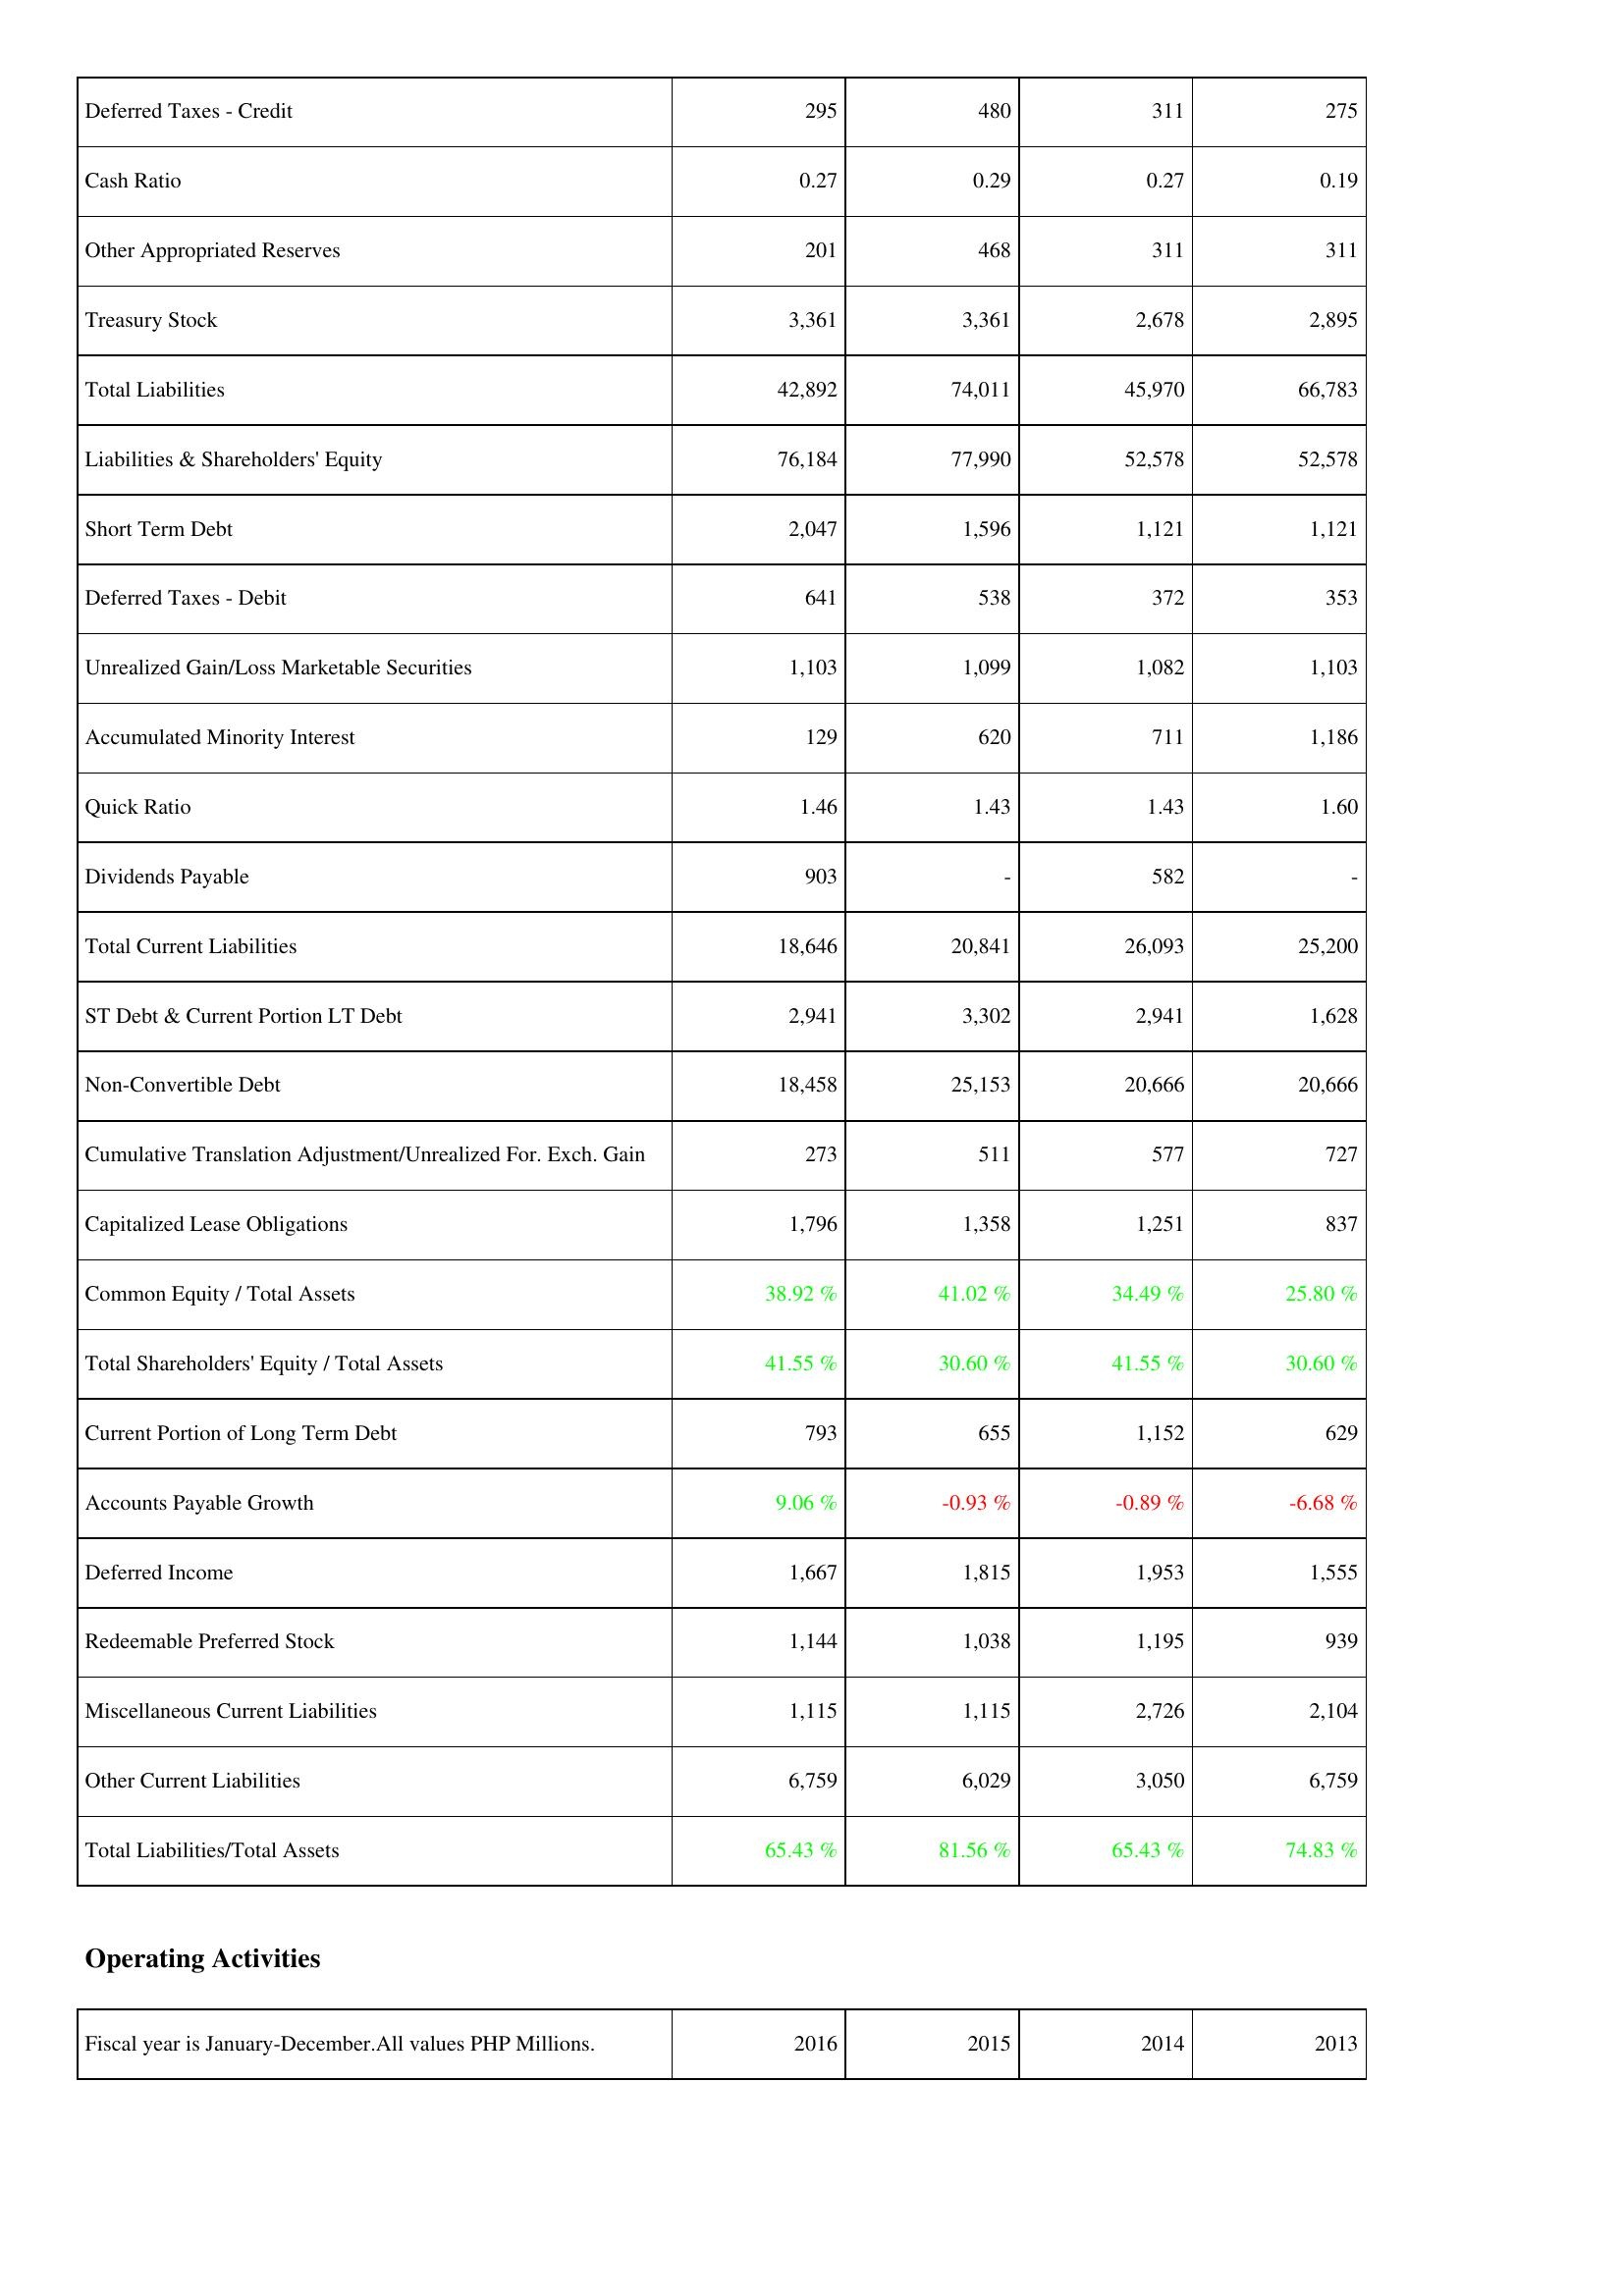
2016: Liabilities & Shareholders' Equity: Deferred Taxes - Credit: 295
Cash Ratio: 0.27
Other Appropriated Reserves: 201
Treasury Stock: 3,361
Total Liabilities: 42,892
Liabilities & Shareholders' Equity: 76,184
Short Term Debt: 2,047
Deferred Taxes - Debit: 641
Unrealized Gain/Loss Marketable Securities: 1,103
Accumulated Minority Interest: 129
Quick Ratio: 1.46
Dividends Payable: 903
Total Current Liabilities: 18,646
ST Debt & Current Portion LT Debt: 2,941
Non-Convertible Debt: 18,458
Cumulative Translation Adjustment/Unrealized For. Exch. Gain: 273
Capitalized Lease Obligations: 1,796
Common Equity / Total Assets: 38.92 %
Total Shareholders' Equity / Total Assets: 41.55 %
Current Portion of Long Term Debt: 793
Accounts Payable Growth: 9.06 %
Deferred Income: 1,667
Redeemable Preferred Stock: 1,144
Miscellaneous Current Liabilities: 1,115
Other Current Liabilities: 6,759
Total Liabilities/Total Assets: 65.43 %
2015: Liabilities & Shareholders' Equity: Deferred Taxes - Credit: 480
Cash Ratio: 0.29
Other Appropriated Reserves: 468
Treasury Stock: 3,361
Total Liabilities: 74,011
Liabilities & Shareholders' Equity: 77,990
Short Term Debt: 1,596
Deferred Taxes - Debit: 538
Unrealized Gain/Loss Marketable Securities: 1,099
Accumulated Minority Interest: 620
Quick Ratio: 1.43
Dividends Payable: -
Total Current Liabilities: 20,841
ST Debt & Current Portion LT Debt: 3,302
Non-Convertible Debt: 25,153
Cumulative Translation Adjustment/Unrealized For. Exch. Gain: 511
Capitalized Lease Obligations: 1,358
Common Equity / Total Assets: 41.02 %
Total Shareholders' Equity / Total Assets: 30.60 %
Current Portion of Long Term Debt: 655
Accounts Payable Growth: -0.93 %
Deferred Income: 1,815
Redeemable Preferred Stock: 1,038
Miscellaneous Current Liabilities: 1,115
Other Current Liabilities: 6,029
Total Liabilities/Total Assets: 81.56 %
2014: Liabilities & Shareholders' Equity: Deferred Taxes - Credit: 311
Cash Ratio: 0.27
Other Appropriated Reserves: 311
Treasury Stock: 2,678
Total Liabilities: 45,970
Liabilities & Shareholders' Equity: 52,578
Short Term Debt: 1,121
Deferred Taxes - Debit: 372
Unrealized Gain/Loss Marketable Securities: 1,082
Accumulated Minority Interest: 711
Quick Ratio: 1.43
Dividends Payable: 582
Total Current Liabilities: 26,093
ST Debt & Current Portion LT Debt: 2,941
Non-Convertible Debt: 20,666
Cumulative Translation Adjustment/Unrealized For. Exch. Gain: 577
Capitalized Lease Obligations: 1,251
Common Equity / Total Assets: 34.49 %
Total Shareholders' Equity / Total Assets: 41.55 %
Current Portion of Long Term Debt: 1,152
Accounts Payable Growth: -0.89 %
Deferred Income: 1,953
Redeemable Preferred Stock: 1,195
Miscellaneous Current Liabilities: 2,726
Other Current Liabilities: 3,050
Total Liabilities/Total Assets: 65.43 %
2013: Liabilities & Shareholders' Equity: Deferred Taxes - Credit: 275
Cash Ratio: 0.19
Other Appropriated Reserves: 311
Treasury Stock: 2,895
Total Liabilities: 66,783
Liabilities & Shareholders' Equity: 52,578
Short Term Debt: 1,121
Deferred Taxes - Debit: 353
Unrealized Gain/Loss Marketable Securities: 1,103
Accumulated Minority Interest: 1,186
Quick Ratio: 1.60
Dividends Payable: -
Total Current Liabilities: 25,200
ST Debt & Current Portion LT Debt: 1,628
Non-Convertible Debt: 20,666
Cumulative Translation Adjustment/Unrealized For. Exch. Gain: 727
Capitalized Lease Obligations: 837
Common Equity / Total Assets: 25.80 %
Total Shareholders' Equity / Total Assets: 30.60 %
Current Portion of Long Term Debt: 629
Accounts Payable Growth: -6.68 %
Deferred Income: 1,555
Redeemable Preferred Stock: 939
Miscellaneous Current Liabilities: 2,104
Other Current Liabilities: 6,759
Total Liabilities/Total Assets: 74.83 %